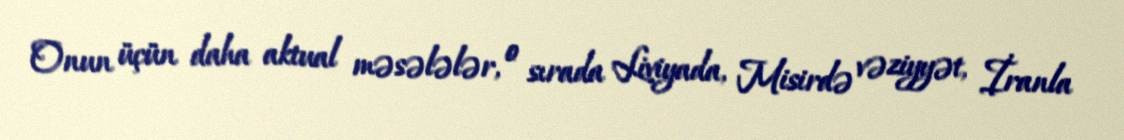
Onun üçün daha aktual məsələlər, o sırada Liviyada, Misirdə vəziyyət, İranla